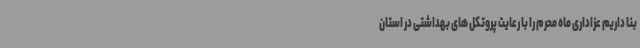
بنا داریم عزاداری ماه محرم را با رعایت پروتکل های بهداشتی در استان